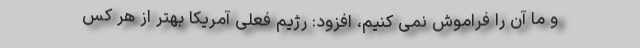
و ما آن را فراموش نمی کنیم، افزود: رژیم فعلی آمریکا بهتر از هر کس